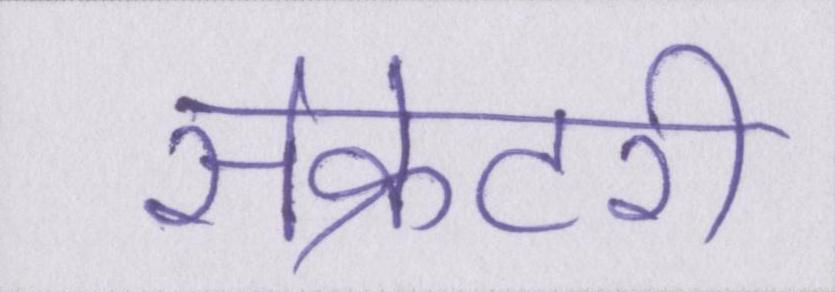
सेक्रेटरी